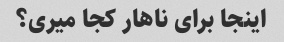
اینجا برای ناهار کجا میری؟